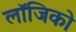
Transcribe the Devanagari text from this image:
लॉजिको